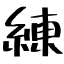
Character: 練